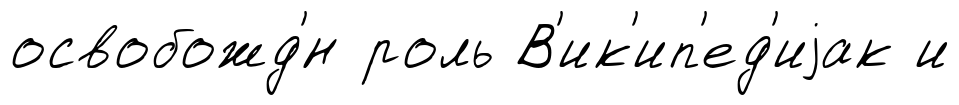
освобожд'́н роль В'ик'ип'ед'иjак и